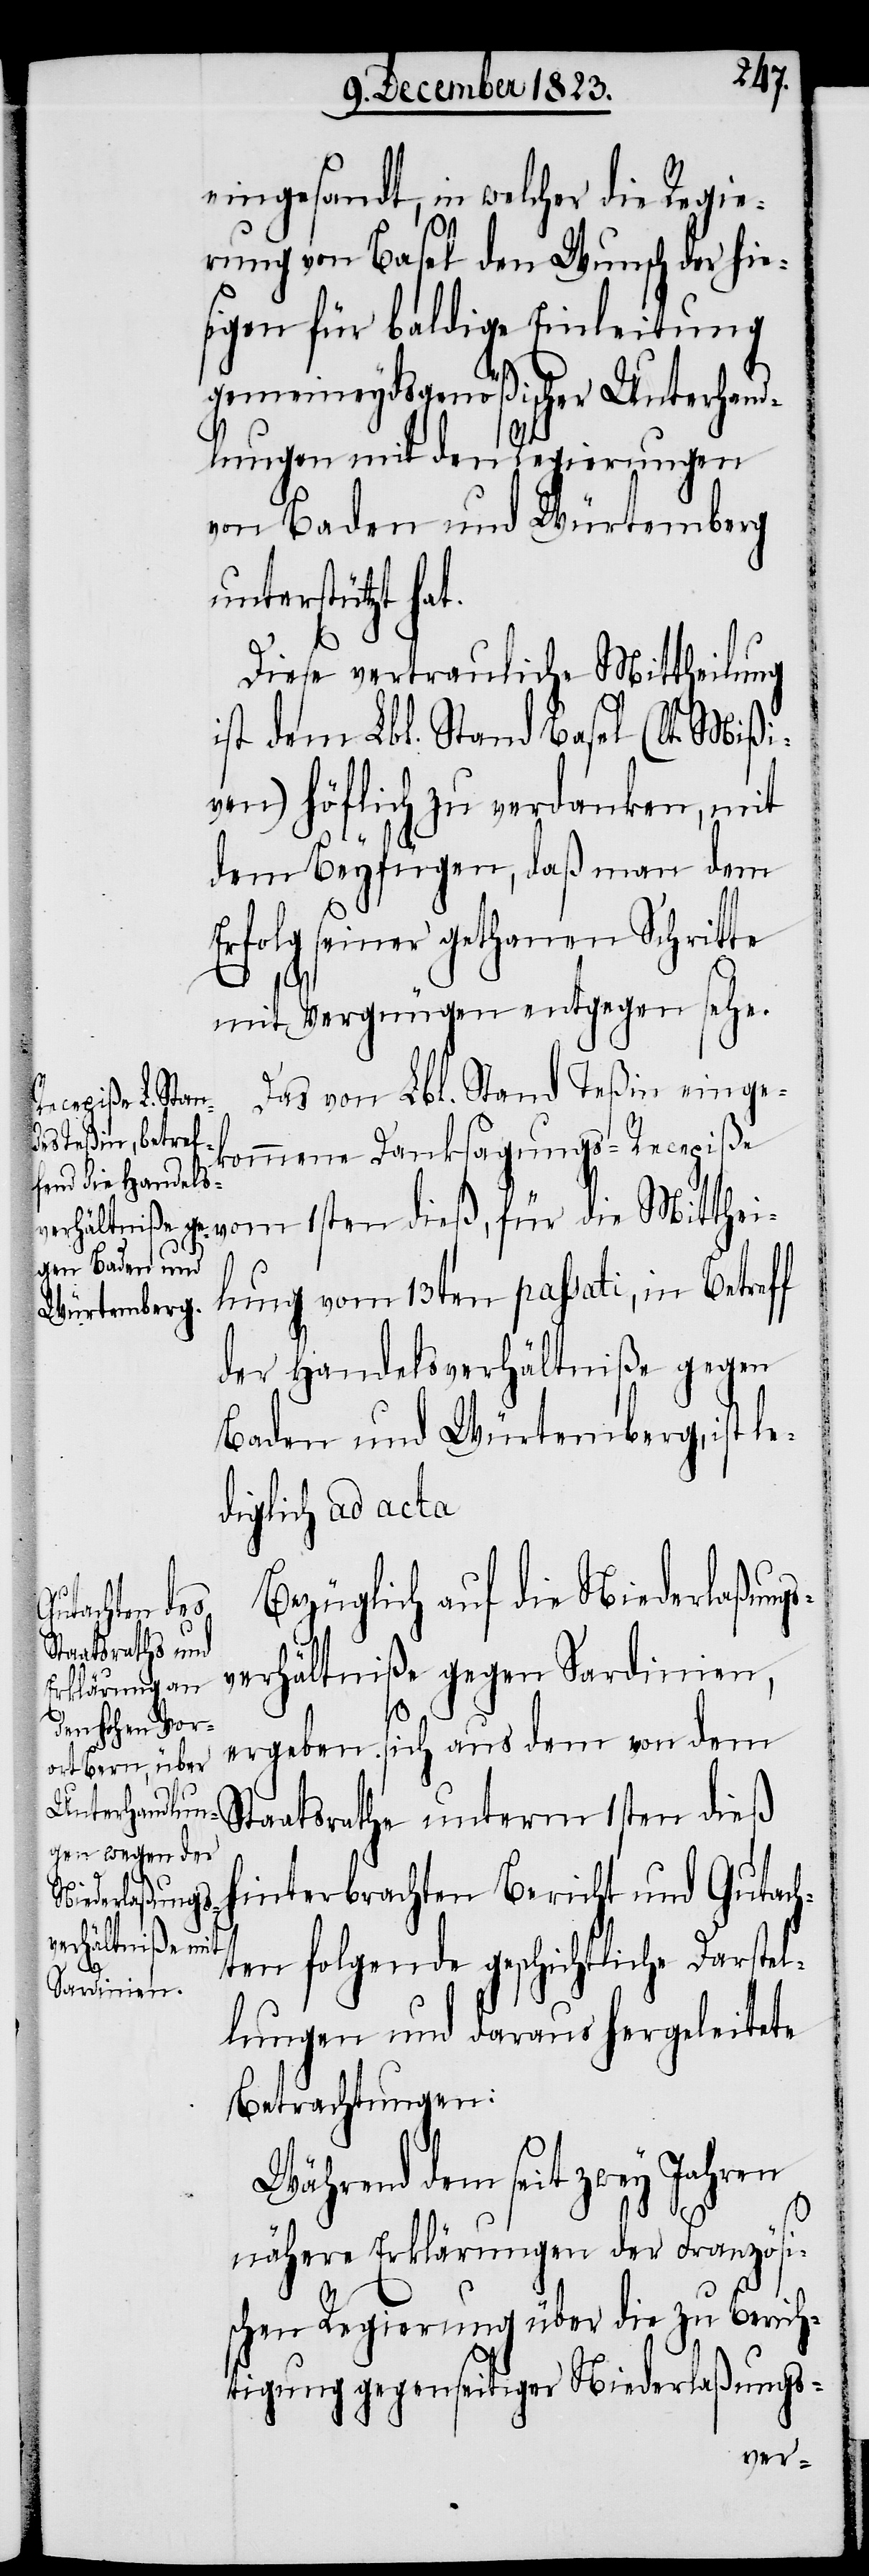
eingesandt, in welcher die Regie¬
rung von Basel den Wunsch der hie¬
sigen für baldige Einleitung
gemeineydsgenößischer Unterhand¬
lungen mit den Regierungen
von Baden und Würtemberg
unterstützt hat.
Diese vertrauliche Mittheilung
ist dem Lbl. Stand Basel (lt. Mißi¬
ven) höflich zu verdanken, mit
dem Beyfügen, daß man dem
Erfolg seiner gethanen Schritte
mit Vergnügen entgegen sehe.
Das von Lbl. Stand Teßin einge¬
kommene Danksagungs-Recepiß¬
e vom 1sten dieß, für die Mitthei¬
lung vom 13ten passati, in Betreff
der Handelsverhältniße gegen
Baden und Würtemberg, ist l¬
ediglich ad acta
Bezüglich auf die Niederlaßungs¬
verhältniße gegen Sardinien,
ergeben sich aus dem von dem
Staatsrathe unterm 1sten dieß
hinterbrachten Bericht und Gutach¬
ten folgende geschichtliche Darstel¬
lungen und daraus hergeleitete
Betrachtungen:
Während dem seit zwey Jahren
nähere Erklärungen der Französi¬
schen Regierung über die zu Berich¬
tigung gegenseitiger Niederlaßungs-